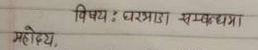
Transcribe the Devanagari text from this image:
विषय: घरभाडा सम्बन्धमा
महोदय,